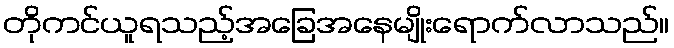
တိုကင်ယူရသည့်အခြေအနေမျိုးရောက်လာသည်။